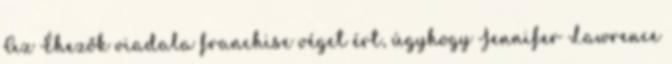
Az Éhezők viadala franchise véget ért, úgyhogy Jennifer Lawrence